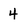
Character: 4